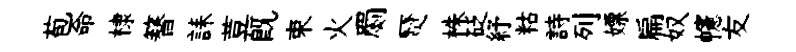
苞命棣簮誄荳旣束火罽燹株砭紓䊀詩列嫖扁奴幰友